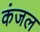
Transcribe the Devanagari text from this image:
कंजल